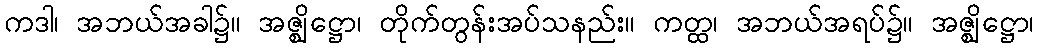
ကဒါ၊ အဘယ်အခါ၌။ အဇ္ဈိဋ္ဌော၊ တိုက်တွန်းအပ်သနည်း။ ကတ္ထ၊ အဘယ်အရပ်၌။ အဇ္ဈိဋ္ဌော၊